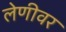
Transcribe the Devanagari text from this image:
लेणीवर